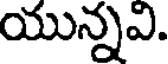
యున్నవి.